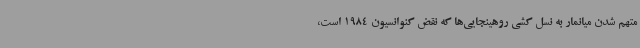
متهم شدن میانمار به نسل کشی روهینجایی‌ها که نقض کنوانسیون 1984 است،